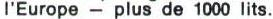
l'Europe - plus de 1000 lits.